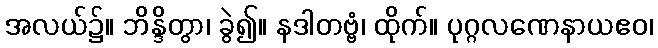
အလယ်၌။ ဘိန္ဒိတွာ၊ ခွဲ၍။ နဒါတဗ္ဗံ၊ ထိုက်။ ပုဂ္ဂလဏေနာယဧဝ၊